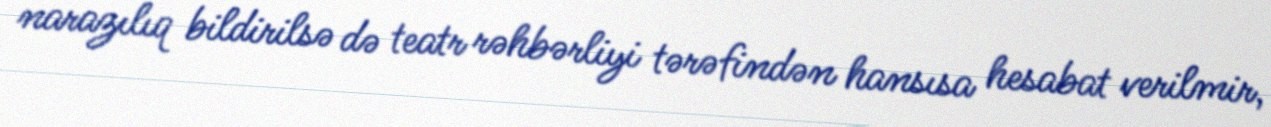
narazılıq bildirilsə də teatr rəhbərliyi tərəfindən hansısa hesabat verilmir,